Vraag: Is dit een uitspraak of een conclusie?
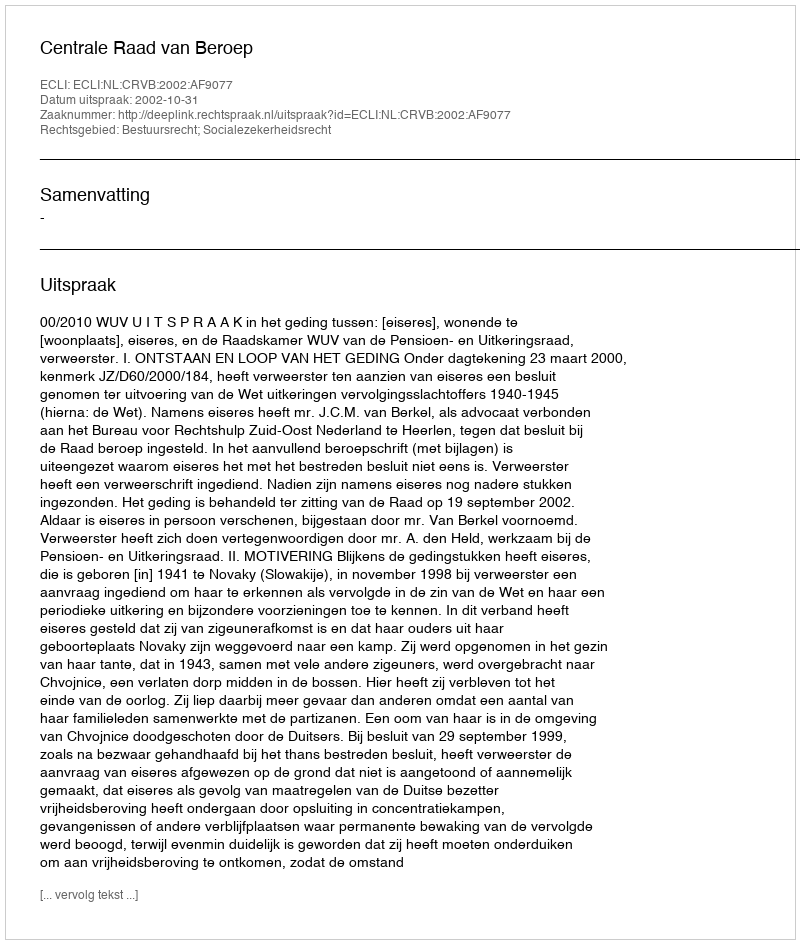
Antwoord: Uitspraak